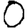
Digit: 0